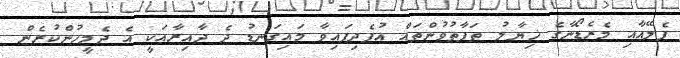
ޕެލޭއާއި މެރެޑޯނާގެ ޚިޔާލު ތަފާތުވުންތައް އުފެދިފައިވާ މައިގަނޑު ދެ ދާއިރާއަކީ އެ ދެމީހުންކުރެން